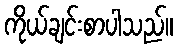
ကိုယ်ချင်းစာပါသည်။